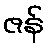
ဇန်